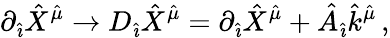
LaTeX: \partial_{\hat{\imath}}{\hat{X}}^{\hat{\mu}}\rightarrow D_{\hat{\imath}}{\hat{X}}^{\hat{\mu}}=\partial_{\hat{\imath}}{\hat{X}}^{\hat{\mu}}+{\hat{A}}_{\hat{\imath}}{\hat{k}}^{\hat{\mu}}\, ,